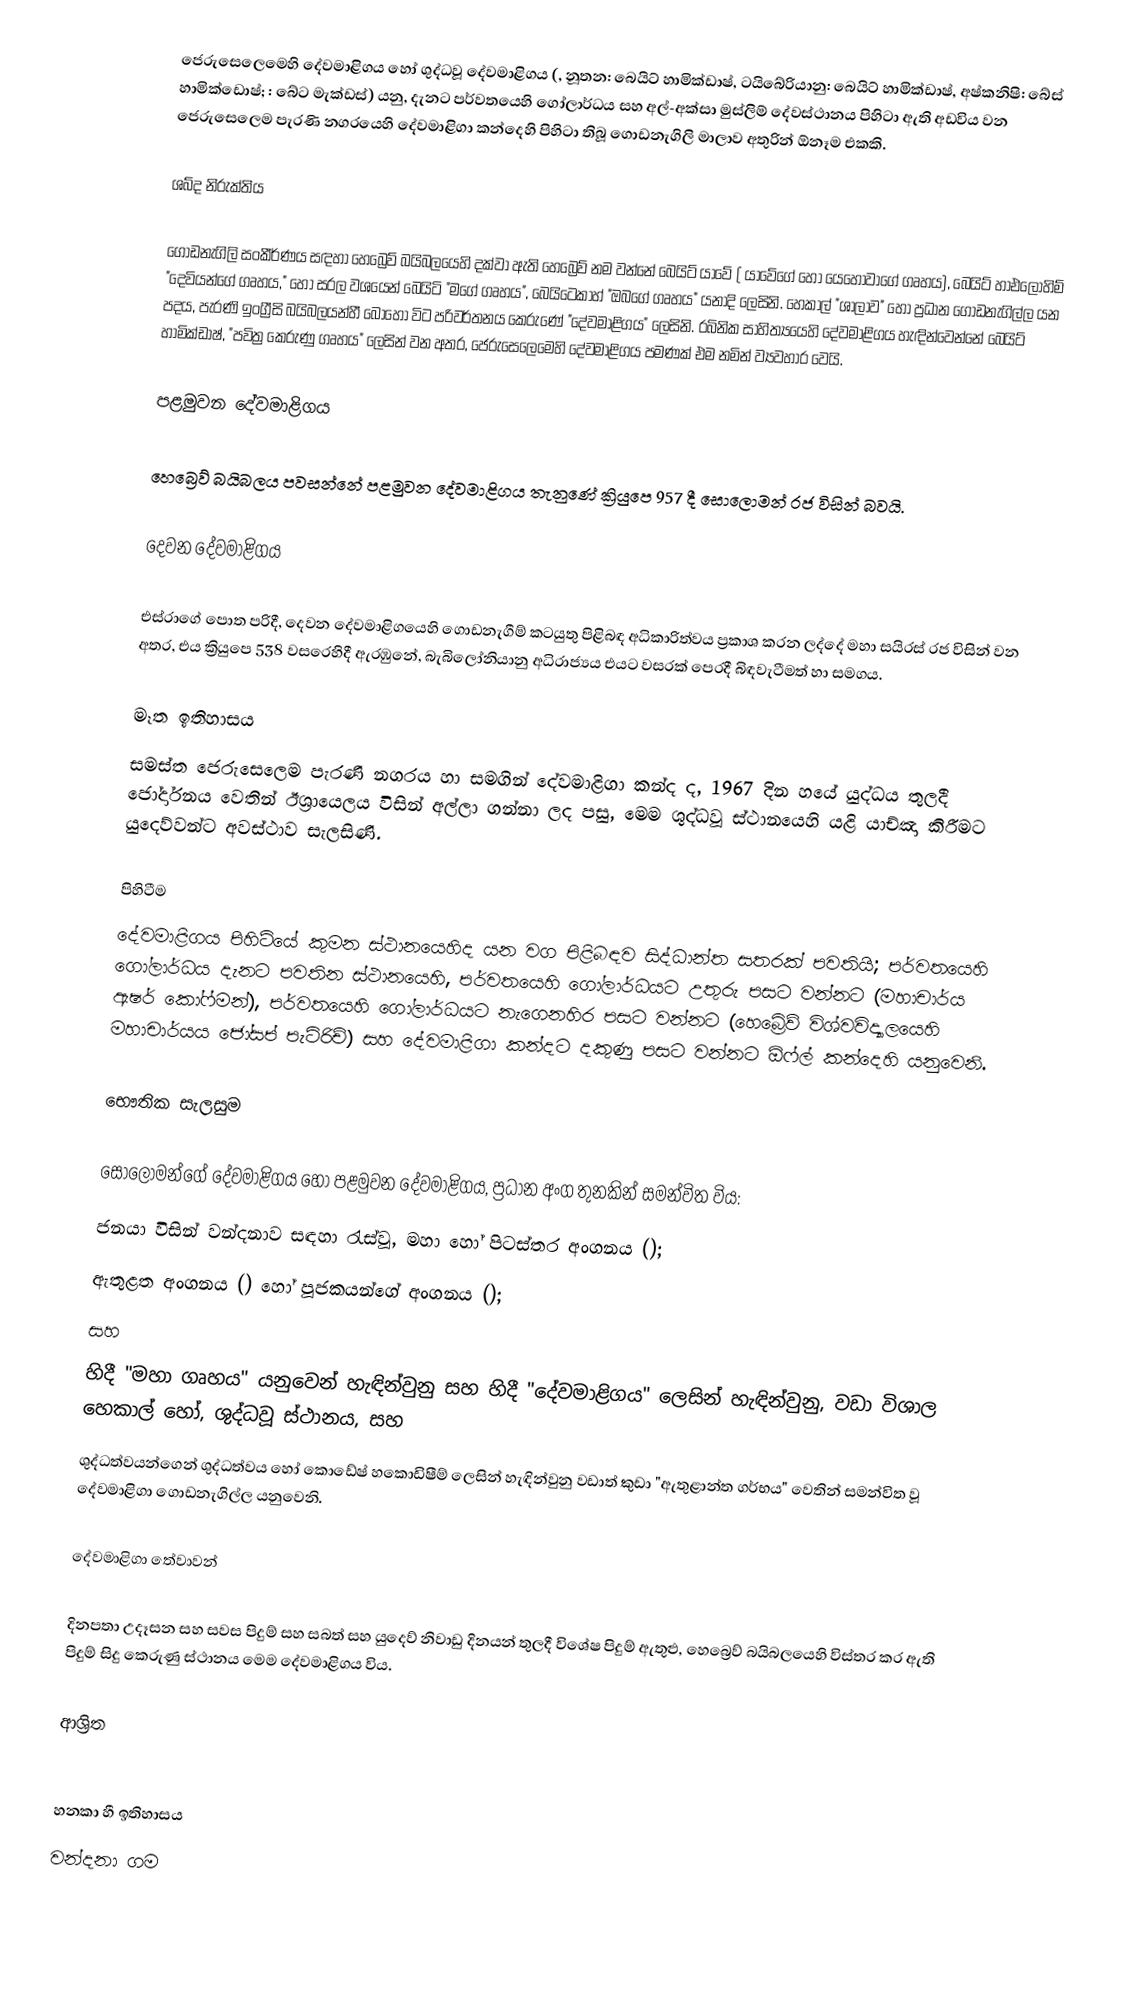
ජෙරුසෙලෙමෙහි දේවමාළිගය හෝ ශුද්ධවූ දේවමාළිගය (, නූතන: බෙයිට් හාමික්ඩාෂ්,  ටයිබේරියානු: බෙයිට් හාමික්ඩාෂ්,  අෂ්කනිෂි: බේස් හාමික්ඩොෂ්; : බේට මැක්ඩස්) යනු,  දැනට පර්වතයෙහි ගෝලාර්ධය සහ අල්-අක්සා  මුස්ලිම් දේවස්ථානය පිහිටා ඇති අඩවිය වන ජෙරුසෙලෙම පැරණි නගරයෙහි දේවමාළිගා කන්දෙහි පිහිටා තිබූ ගොඩනැගිලි මාලාව අතුරින් ඕනෑම එකකි.

ශබ්ද නිරුක්තිය

ගොඩනැගිලි සංකීර්ණය සඳහා හෙබ්‍රෙව් බයිබලයෙහි දක්වා ඇති හෙබ්‍රෙව් නම වන්නේ  බෙයිට් යාවේ ( යාවේගේ හෝ යෙහෝවාගේ ගෘහය), බෙයිට් හාඑලොහිම් "දෙවියන්ගේ ගෘහය," හෝ සරල වශයෙන්  බෙයිටි  "මගේ ගෘහය", බෙයිටෙකාහ් "ඔබගේ ගෘහය" යනාදි ලෙසිනි. හෙකාල් "ශාලාව" හෝ ප්‍රධාන ගොඩනැගිල්ල යන පදය, පැරණි ඉංග්‍රීසි බයිබලයන්හී බොහෝ විට පරිවර්තනය කෙරුණේ  "දේවමාළිගය" ලෙසිනි. රබිනික සාහිත්‍යයෙහි දේවමාළිගය හැඳින්වෙන්නේ බෙයිට් හාමික්ඩාෂ්, "පවිත්‍ර කෙරුණු ගෘහය" ලෙසින් වන අතර, ජෙරුසෙලෙමෙහි දේවමාළිගය පමණක් එම නමින් ව්‍යවහාර වෙයි.

පළමුවන දේවමාළිගය

හෙබ්‍රෙව් බයිබලය පවසන්නේ  පළමුවන දේවමාළිගය තැනුණේ ක්‍රියුපෙ 957 දී  සොලොමන් රජ විසින් බවයි.

දෙවන දේවමාළිගය

එස්රාගේ පොත පරිදී, දෙවන දේවමාළිගයෙහි ගොඩනැගීම් කටයුතු පිළිබඳ අධිකාරිත්වය ප්‍රකාශ කරන ලද්දේ මහා සයිරස් රජ විසින් වන අතර, එය ක්‍රියුපෙ 538 වසරෙහිදී ඇරඹුනේ, බැබිලෝනියානු අධිරාජ්‍යය එයට වසරක් පෙරදී බිඳවැටීමත් හා සමගය.

මෑත ඉතිහාසය
සමස්ත ජෙරුසෙලෙම පැරණි නගරය හා සමගින් දේවමාළිගා කන්ද ද, 1967 දින හයේ යුද්ධය තුලදී ජෝර්දානය වෙතින් ඊශ්‍රායෙලය විසින් අල්ලා ගන්නා ලද පසු, මෙම ශුද්ධවූ ස්ථානයෙහි යළි යාච්ඤා කිරීමට යුදෙව්වන්ට අවස්ථාව සැලසිණි.

පිහිටීම
දේවමාළිගය පිහිටියේ කුමන ස්ථානයෙහිද යන වග පිළිබඳව සිද්ධාන්ත සතරක් පවතියි; පර්වතයෙහි ගෝලාර්ධය දැනට පවතින ස්ථානයෙහි, පර්වතයෙහි ගෝලාර්ධයට උතුරු පසට වන්නට (මහාචාර්ය ඇෂර් කෝෆ්මන්), පර්වතයෙහි ගෝලාර්ධයට නැගෙනහිර පසට වන්නට (හෙබ්‍රේව් විශ්වවිද්‍යාලයෙහි මහාචාර්යය ජෝසප් පැට්රිච්)  සහ දේවමාළිගා කන්දට දකුණු පසට වන්නට ඕෆ්ල් කන්දෙහි යනුවෙනි.

භෞතික සැලසුම

සොලොමන්ගේ දේවමාළිගය හෝ පළමුවන දේවමාළිගය, ප්‍රධාන අංග තුනකින් සමන්විත විය:
ජනයා විසින් වන්දනාව සඳහා රැස්වූ,  මහා හෝ පිටස්තර අංගනය ();
ඇතුළත අංගනය () හෝ පූජකයන්ගේ අංගනය ();
සහ
 හිදී  "මහා ගෘහය" යනුවෙන් හැඳින්වුනු සහ  හිදී "දේවමාළිගය" ලෙසින් හැඳින්වුනු, වඩා විශාල හෙකාල් හෝ, ශුද්ධවූ ස්ථානය, සහ
 ශුද්ධත්වයන්ගෙන් ශුද්ධත්වය හෝ  කොඩේෂ් හකොඩිෂීම් ලෙසින් හැඳින්වුනු වඩාත් කුඩා "ඇතුළාන්ත ගර්භය" වෙතින් සමන්විත වූ දේවමාළිගා ගොඩනැගිල්ල යනුවෙනි.

දේවමාළිගා තේවාවන්

දිනපතා උදෑසන සහ සවස පිදුම් සහ සබත් සහ යුදෙව් නිවාඩු දිනයන් තුලදී විශේෂ පිදුම් ඇතුළු, හෙබ්‍රෙව් බයිබලයෙහි විස්තර කර ඇති පිදුම්  සිදු කෙරුණු ස්ථානය මෙම දේවමාළිගය විය.

ආශ්‍රිත

 හනකා හී ඉතිහාසය
වන්දනා ගම